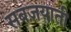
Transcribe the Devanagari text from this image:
सबज़याती